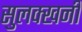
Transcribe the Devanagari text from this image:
सुलक्खनी